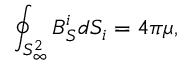
\oint _ { S _ { \infty } ^ { 2 } } B _ { S } ^ { i } d S _ { i } = 4 \pi \mu ,